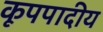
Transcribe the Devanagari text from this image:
कूपपादीय